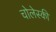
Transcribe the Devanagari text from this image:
चोलेस्की